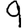
Digit: 9